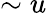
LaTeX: \sim u